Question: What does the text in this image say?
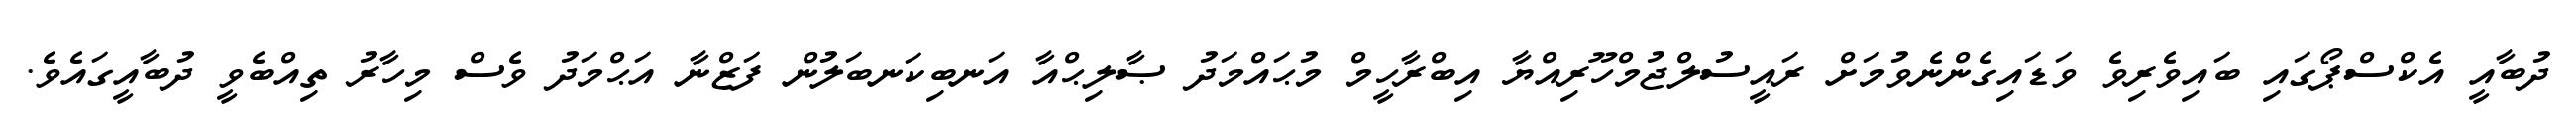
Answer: ދުބާއީ އެކްސްޕޯގައި ބައިވެރިވެ ވަޑައިގެންނެވުމަށް ރައީސުލްޖުމްހޫރިއްޔާ އިބްރާހީމް މުޙައްމަދު ޞާލިޙްއާ އަނބިކަނބަލުން ފަޒްނާ އަޙްމަދު ވެސް މިހާރު ތިއްބެވީ ދުބާއީގައެވެ.